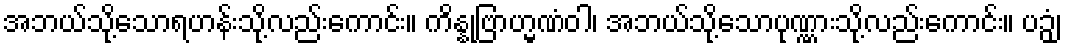
အဘယ်သို့သောရဟန်းသို့လည်းကောင်း။ ကိန္နုဗြာဟ္မဏံဝါ၊ အဘယ်သို့သောပုဏ္ဏားသို့လည်းကောင်း။ ပဉှံ၊